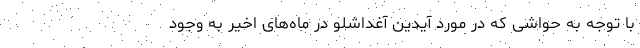
با توجه به حواشی که در مورد آیدین آغداشلو در ماه‌های اخیر به وجود